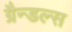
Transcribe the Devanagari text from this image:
ग्रैन्डल्स